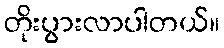
တိုးပွားလာပါတယ်။